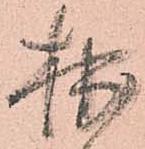
拙